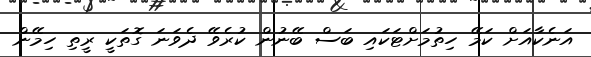
އަނެކާއަށް ކަމޭ ހިތުމަށްޓަކައި ބަސް ބޭނުން ކުރެވޭ ދެވަނަ ގޮތަކީ ރީތި ހިމޭން